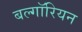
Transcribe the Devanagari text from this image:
बल्गॉरियन